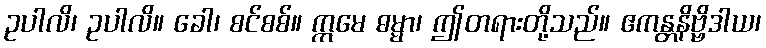
ဥပါလိ၊ ဥပါလိ။ ခေါ၊ စင်စစ်။ ဣမေ ဓမ္မာ၊ ဤတရားတို့သည်။ ဧကန္တနိဗ္ဗိဒါယ၊